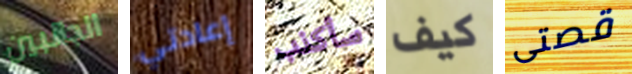
الجانبين إعادتي سأكذب كيف قصتى